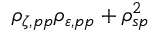
\rho _ { \zeta , p p } \rho _ { \varepsilon , p p } + \rho _ { s p } ^ { 2 }